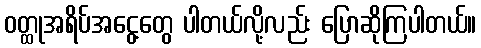
ဝတ္ထုအရိပ်အငွေ့တွေ ပါတယ်လို့လည်း ပြောဆိုကြပါတယ်။